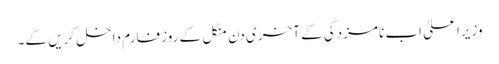
وزیراعلیٰ اب نامزدگی کے آخری دن منگل کے روز فارم داخل کریں گے۔